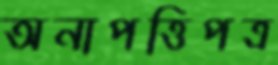
অনাপত্তিপত্র